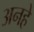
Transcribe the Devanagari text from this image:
अनहे